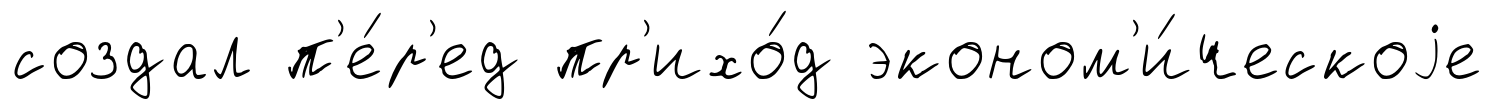
создал п'е́р'ед пр'ихо́д эконом'и́ческоjе